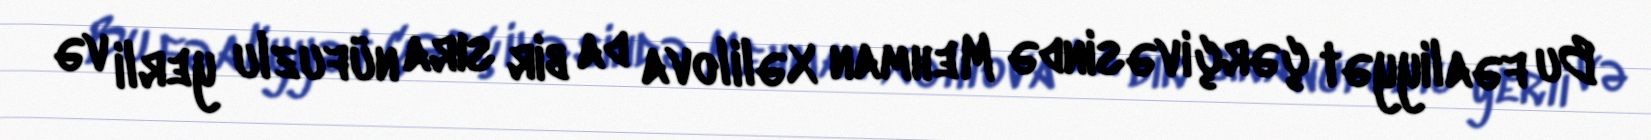
Bu fəaliyyət çərçivəsində Mehman Xəlilova da bir sıra nüfuzlu yerli və